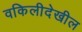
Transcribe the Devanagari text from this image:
वकिलीदेखील